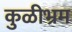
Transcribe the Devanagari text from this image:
कुळीभ्रम